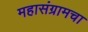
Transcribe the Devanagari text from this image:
महासंग्रामचा